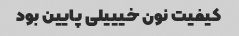
کیفیت نون خیییلی پایین بود